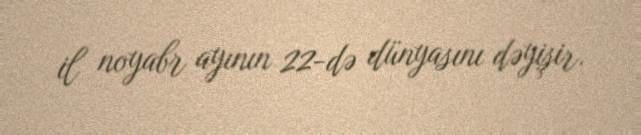
il noyabr ayının 22-də dünyasını dəyişir.